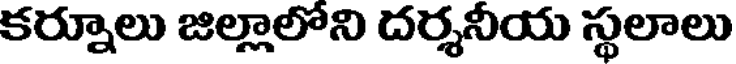
కర్నూలు జిల్లాలోని దర్శనీయ స్థలాలు